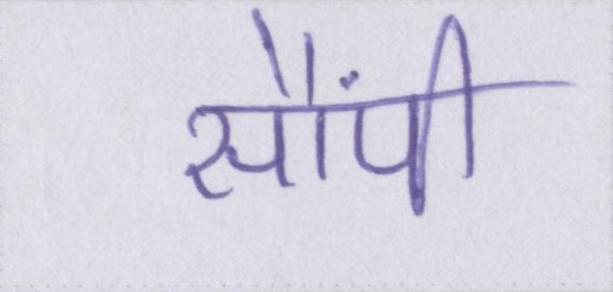
सौंपी